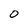
Character: O